Annual report of the Bengal Veterinary College and of the Civil Veterinary Department, Bengal, for the year 1908-1909 - 1908-1909
Year: 1908
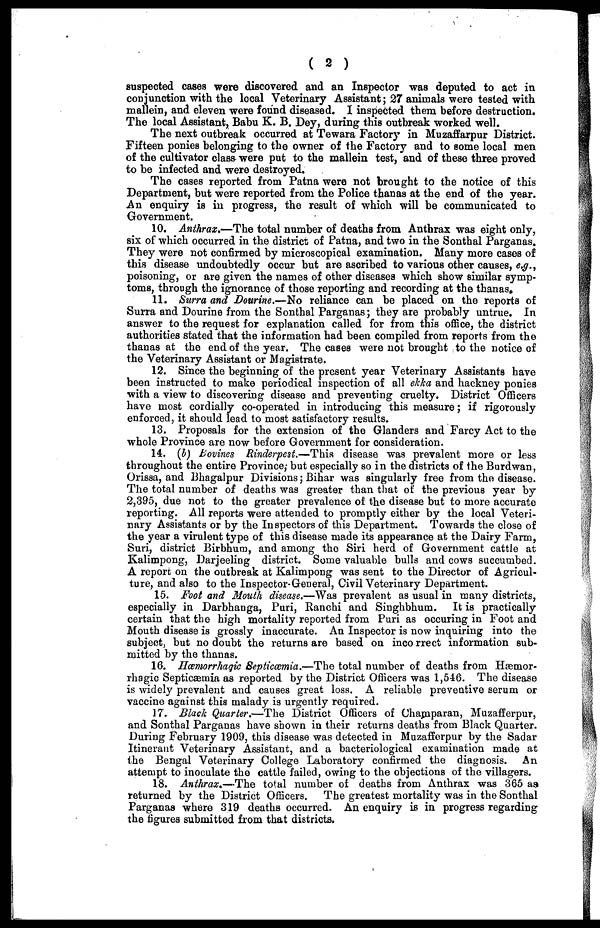
( 2 )
suspected cases were discovered and an Inspector was deputed to act in
conjunction with the local Veterinary Assistant; 27 animals were tested with
mallein, and eleven were found diseased. I inspected them before destruction.
The local Assistant, Babu K. B. Dey, during this outbreak worked well.
The next outbreak occurred at Tewara Factory in Muzaffarpur District.
Fifteen ponies belonging to the owner of the Factory and to some local men
of the cultivator class were put to the mallein test, and of these three proved
to be infected and were destroyed.
The cases reported from Patna were not brought to the notice of this
Department, but were reported from the Police thanas at the end of the year.
An enquiry is in progress, the result of which will be communicated to
Government.
10. Anthrax.—The total number of deaths from Anthrax was eight only,
six of which occurred in the district of Patna, and two in the Sonthal Parganas.
They were not confirmed by microscopical examination. Many more cases of
this disease undoubtedly occur but are ascribed to various other causes, e.g.,
poisoning, or are given the names of other diseases which show similar symp-
toms, through the ignorance of those reporting and recording at the thanas.
11. Surra and Dourine.—No reliance can be placed on the reports of
Surra and Dourine from the Sonthal Parganas; they are probably untrue. In
answer to the request for explanation called for from this office, the district
authorities stated that the information had been compiled from reports from the
thanas at the end of the year. The cases were not brought to the notice of
the Veterinary Assistant or Magistrate.
12. Since the beginning of the present year Veterinary Assistants have
been instructed to make periodical inspection of all ekka and hackney ponies
with a view to discovering disease and preventing cruelty. District Officers
have most cordially co-operated in introducing this measure; if rigorously
enforced, it should lead to most satisfactory results.
13. Proposals for the extension of the Glanders and Farcy Act to the
whole Province are now before Government for consideration.
14. (b) Bovines Rinderpest.—This disease was prevalent more or less
throughout the entire Province; but especially so in the districts of the Burdwan,
Orissa, and Bhagalpur Divisions; Bihar was singularly free from the disease.
The total number of deaths was greater than that of the previous year by
2,395, due not to the greater prevalence of the disease but to more accurate
reporting. All reports were attended to promptly either by the local Veteri-
nary Assistants or by the Inspectors of this Department. Towards the close of
the year a virulent type of this disease made its appearance at the Dairy Farm,
Suri, district Birbhum, and among the Siri herd of Government cattle at
Kalimpong, Darjeeling district. Some valuable bulls and cows succumbed.
A report on the outbreak at Kalimpong was sent to the Director of Agricul-
ture, and also to the Inspector-General, Civil Veterinary Department.
15. Foot and Mouth disease.—Was prevalent as usual in many districts,
especially in Darbhanga, Puri, Ranchi and Singhbhum. It is practically
certain that the high mortality reported from Puri as occuring in Foot and
Mouth disease is grossly inaccurate. An Inspector is now inquiring into the
subject, but no doubt the returns are based on incorrect information sub-
mitted by the thanas.
16. Hœmorrhagic Septicœmia.—The total number of deaths from Hæmor-
rhagic Septicæmia as reported by the District Officers was 1,546. The disease
is widely prevalent and causes great loss. A reliable preventive serum or
vaccine against this malady is urgently required.
17. Black Quarter.—The District Officers of Champaran, Muzafferpur,
and Sonthal Parganas have shown in their returns deaths from Black Quarter.
During February 1909, this disease was detected in Muzafferpur by the Sadar
Itinerant Veterinary Assistant, and a bacteriological examination made at
the Bengal Veterinary College Laboratory confirmed the diagnosis. An
attempt to inoculate the cattle failed, owing to the objections of the villagers.
18. Anthrax.—The total number of deaths from Anthrax was 365 as
returned by the District Officers. The greatest mortality was in the Sonthal
Parganas where 319 deaths occurred. An enquiry is in progress regarding
the figures submitted from that districts.